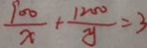
\frac { 9 0 0 } { x } + \frac { 1 2 0 0 } { y } = 3